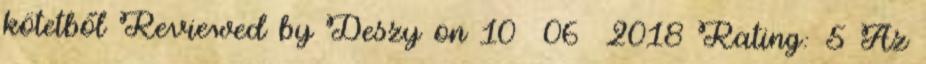
kötetből Reviewed by Deszy on 10 06 2018 Rating: 5 Az